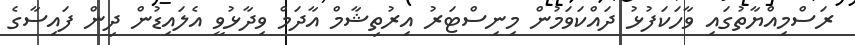
ރަސްމިއްޔާތުގައި ވާހަކަފުޅު ދައްކަވަމުން މިނިސްޓަރު އިރުތިޝާމް އާދަމް ވިދާޅުވީ އެލައިޑުން ދިން ފައިސާގެ